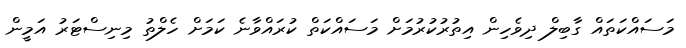
މަސައްކަތައް ގާބިލް ދިވެހިން އިތުރުކުރުމަށް މަސައްކަތް ކުރައްވާނެ ކަމަށް ހެލްތު މިނިސްޓަރު އަމީން